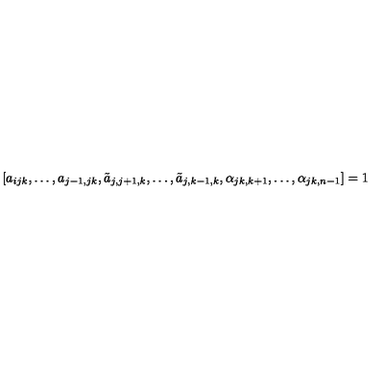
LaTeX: [ a _ { i j k } , \dots , a _ { j - 1 , j k } , \tilde { a } _ { j , j + 1 , k } , \dots , \tilde { a } _ { j , k - 1 , k } , \alpha _ { j k , k + 1 } , \dots , \alpha _ { j k , n - 1 } ] = 1